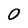
Character: 0